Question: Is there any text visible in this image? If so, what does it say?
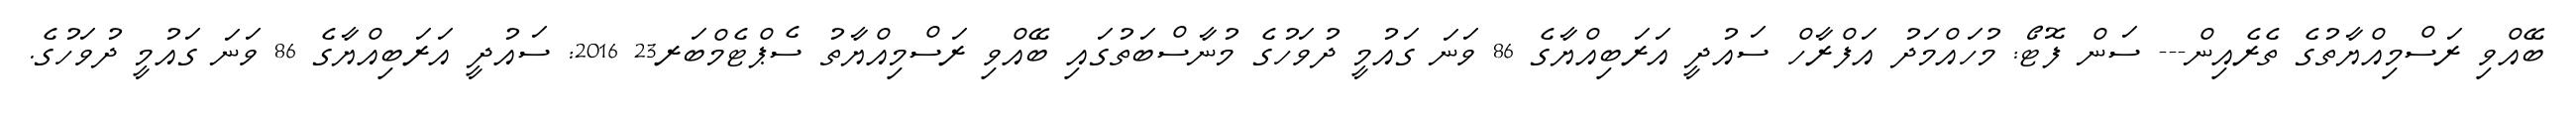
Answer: ބޭއްވި ރަސްމިއްޔާތުގެ ތެރެއިން--- ސަން ފޮޓޯ: މުހައްމަދު އަފްރާހް ސައުދީ އަރަބިއްޔާގެ 86 ވަނަ ގައުމީ ދުވަހުގެ މުނާސްބަތުގައި ބޭއްވި ރަސްމިއްޔާތު ސެޕްޓެމްބަރ23 2016: ސައުދީ އަރަބިއްޔާގެ 86 ވަނަ ގައުމީ ދުވަހުގެ.